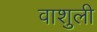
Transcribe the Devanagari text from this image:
वाशुली